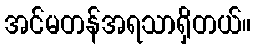
အင်မတန်အရသာရှိတယ်။